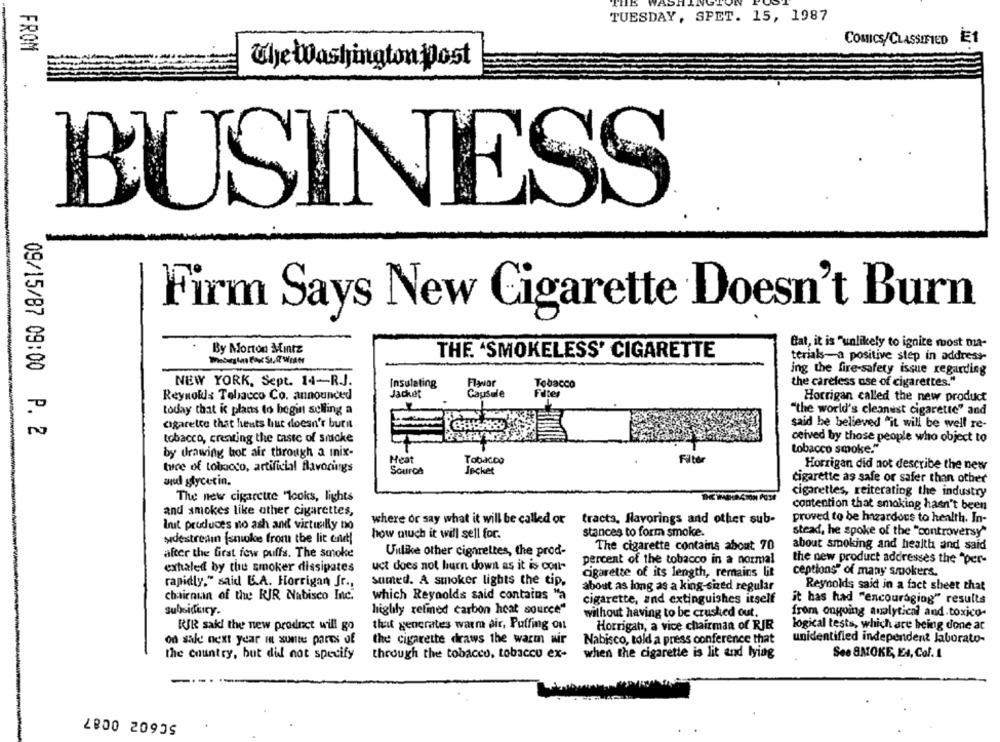
TUESDAY, SPET. 15, 1987
COMICS/CLASSIFIED E1
FROM
The Washington Most
BUSINESS
Firm Says New Cigarette Doesn't Burn
Bat, it is "unlikely to ignite most nia-
By Morton Mintz
THE "SMOKELESS' CIGARETTE
terials-a positive step in address-
ing the fire-safety issue regarding
NEW YORK, Sept. 14-R.J.
Insulating
Flavor
Tobacco
the careless use of cigarettes."
Jacket
Causale
Filter
Reynolds Tobacco Co. announced
Horrigan called the new product
today that ic plans to begin selling a
"the world's cleanest cigarette" and
cigarette that heats but doesn't burit
said he believed "it will be well re-
09/15/87 09:00 P. 2
tobacco, creating the taste of smoke
ceived by those people who object to
by drawing hot air through a inix-
tobacco smoke."
Meat
Tobacco
Filter
ture of tobacco, artificial flavorings
Horrigan did not describe the new
Source
Jacket
and stycetin.
cigarette as safe or safer than other
The new cigarette "looks, lights
cigarettes, reiterating the industry
contention that smoking hasn't been
and smokes like other cigarettes,
tracts, flavorings and other sub-
proved to be hazardous to health. In-
Init produces no ash and virtually no
where or say what it will be called or
how much it will sell for.
stances to form smoke.
stead, he spoke of the "controversy"
sidestreamn Isnike from the lit crut!
The cigarette contains about 70
about smoking and health and said
after the first few puffs. The smoke
Unlike other cigarettes, the prod-
percent of the tobacco in a normal
the new product addresses the "per-
exhaled by the smoker dissipates
uct does not hurn down as it is con-
Cigarette of its length, remains lit
ceptions" of many smokers.
rapidly," said B.A. Horrigan Jr .,
samed. A smoker lights the tip,
about as long as a king-sized regular
Reynolds said in a fact sheet that
chairnun of the RIR Nabisco Inc.
which Reynolds said contains "a
cigarette, and extinguishes itself
it has had "encouraging" results
Subsideicy.
highly refined carbon heat source"
without having to be crushed out.
from ongoing analytical and.toxico-
BIR sakl the new product will go
that generates warm air, Puffing on
Horrigan, a vice chairman of RIR
logical tests, which are being done at
Nabisco, told a press conference that
on sale! next year in xunter parts of
the cigarette draws the warm wir
unidentified independent Jaborato-
the country, but did not specify
through the tobacco, tobacco ex-
when the cigarette is lit and lying
See SMOKE, E4, Col. 1
2800 20935